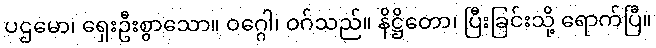
ပဌမော၊ ရှေးဦးစွာသော။ ဝဂ္ဂေါ၊ ဝဂ်သည်။ နိဋ္ဌိတော၊ ပြီးခြင်းသို့ ရောက်ပြီ။